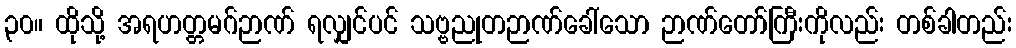
၃၀။ ထိုသို့ အရဟတ္တမဂ်ဉာဏ် ရလျှင်ပင် သဗ္ဗညုတဉာဏ်ခေါ်သော ဉာဏ်တော်ကြီးကိုလည်း တစ်ခါတည်း